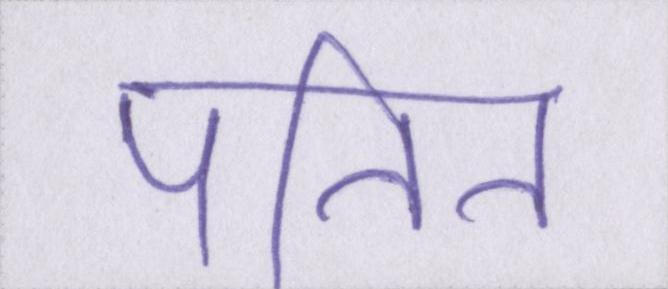
पतित